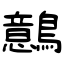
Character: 鷾